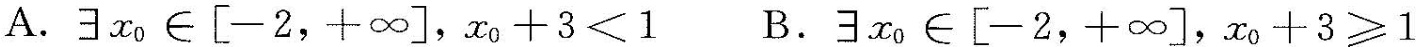
A.$$∃x_{0}\in \left [-2，+\infty \right ]，$$x_{0}+3<1$$ B.$$∃x_{0}\in \left [-2，+\infty \right ]$$，$$x_{0}+3\geqslant 1$$